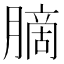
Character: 䐱